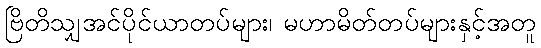
ဗြိတိသျှအင်ပိုင်ယာတပ်များ၊ မဟာမိတ်တပ်များနှင့်အတူ